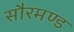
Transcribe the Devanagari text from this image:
सौरमण्ड